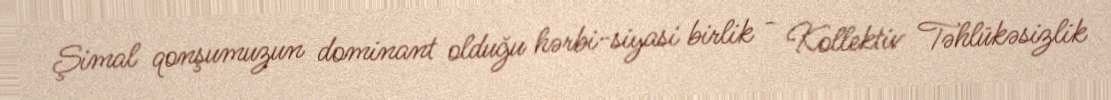
Şimal qonşumuzun dominant olduğu hərbi-siyasi birlik - Kollektiv Təhlükəsizlik